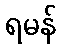
ရမန်